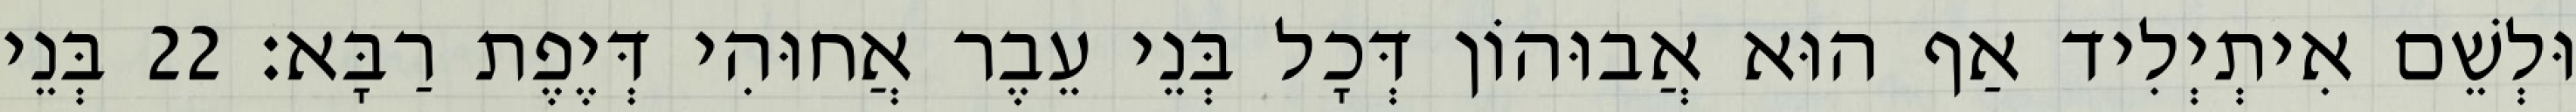
וּלְשֵׁם אִיתְיְלִיד אַף הוּא אֲבוּהוֹן דְּכָל בְּנֵי עֵבֶר אֲחוּהִי דְּיֶפֶת רַבָּא׃ 22 בְּנֵי